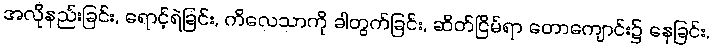
အလိုနည်းခြင်း, ရောင့်ရဲခြင်း, ကိလေသာကို ခါတွက်ခြင်း, ဆိတ်ငြိမ်ရာ တောကျောင်း၌ နေခြင်း,